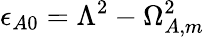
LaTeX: \epsilon_{A0}=\Lambda^{2}-\Omega_{A,m}^{2}